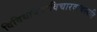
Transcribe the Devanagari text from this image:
विविधविद्याविचारवाचस्पति